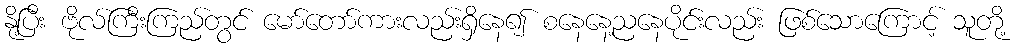
နို့ပြီး ဗိုလ်ကြီးကြည်တွင် မော်တော်ကားလည်းရှိနေ၍ စနေနေ့ညနေပိုင်းလည်း ဖြစ်သောကြောင့် သူတို့